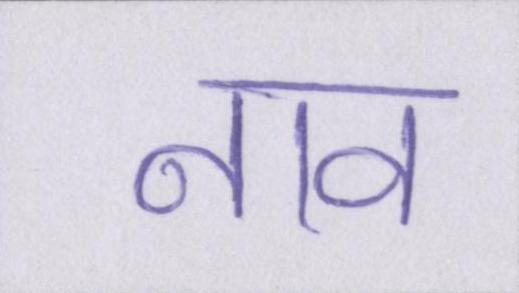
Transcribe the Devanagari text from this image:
नाव